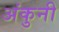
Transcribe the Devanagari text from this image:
अंकुनी